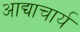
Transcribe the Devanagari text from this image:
आद्याचार्य